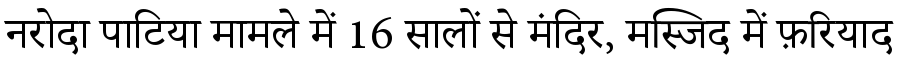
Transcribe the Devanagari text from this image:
नरोदा पाटिया मामले में 16 सालों से मंदिर, मस्जिद में फ़रियाद